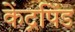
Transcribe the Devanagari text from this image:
केंद्रपिंड